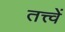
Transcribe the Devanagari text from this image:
तत्त्वें